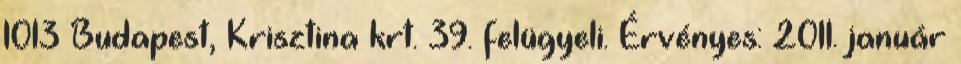
1013 Budapest, Krisztina krt. 39. felügyeli. Érvényes: 2011. január